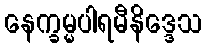
နေက္ခမ္မပါရမီနိဒ္ဒေသ